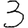
Digit: 3